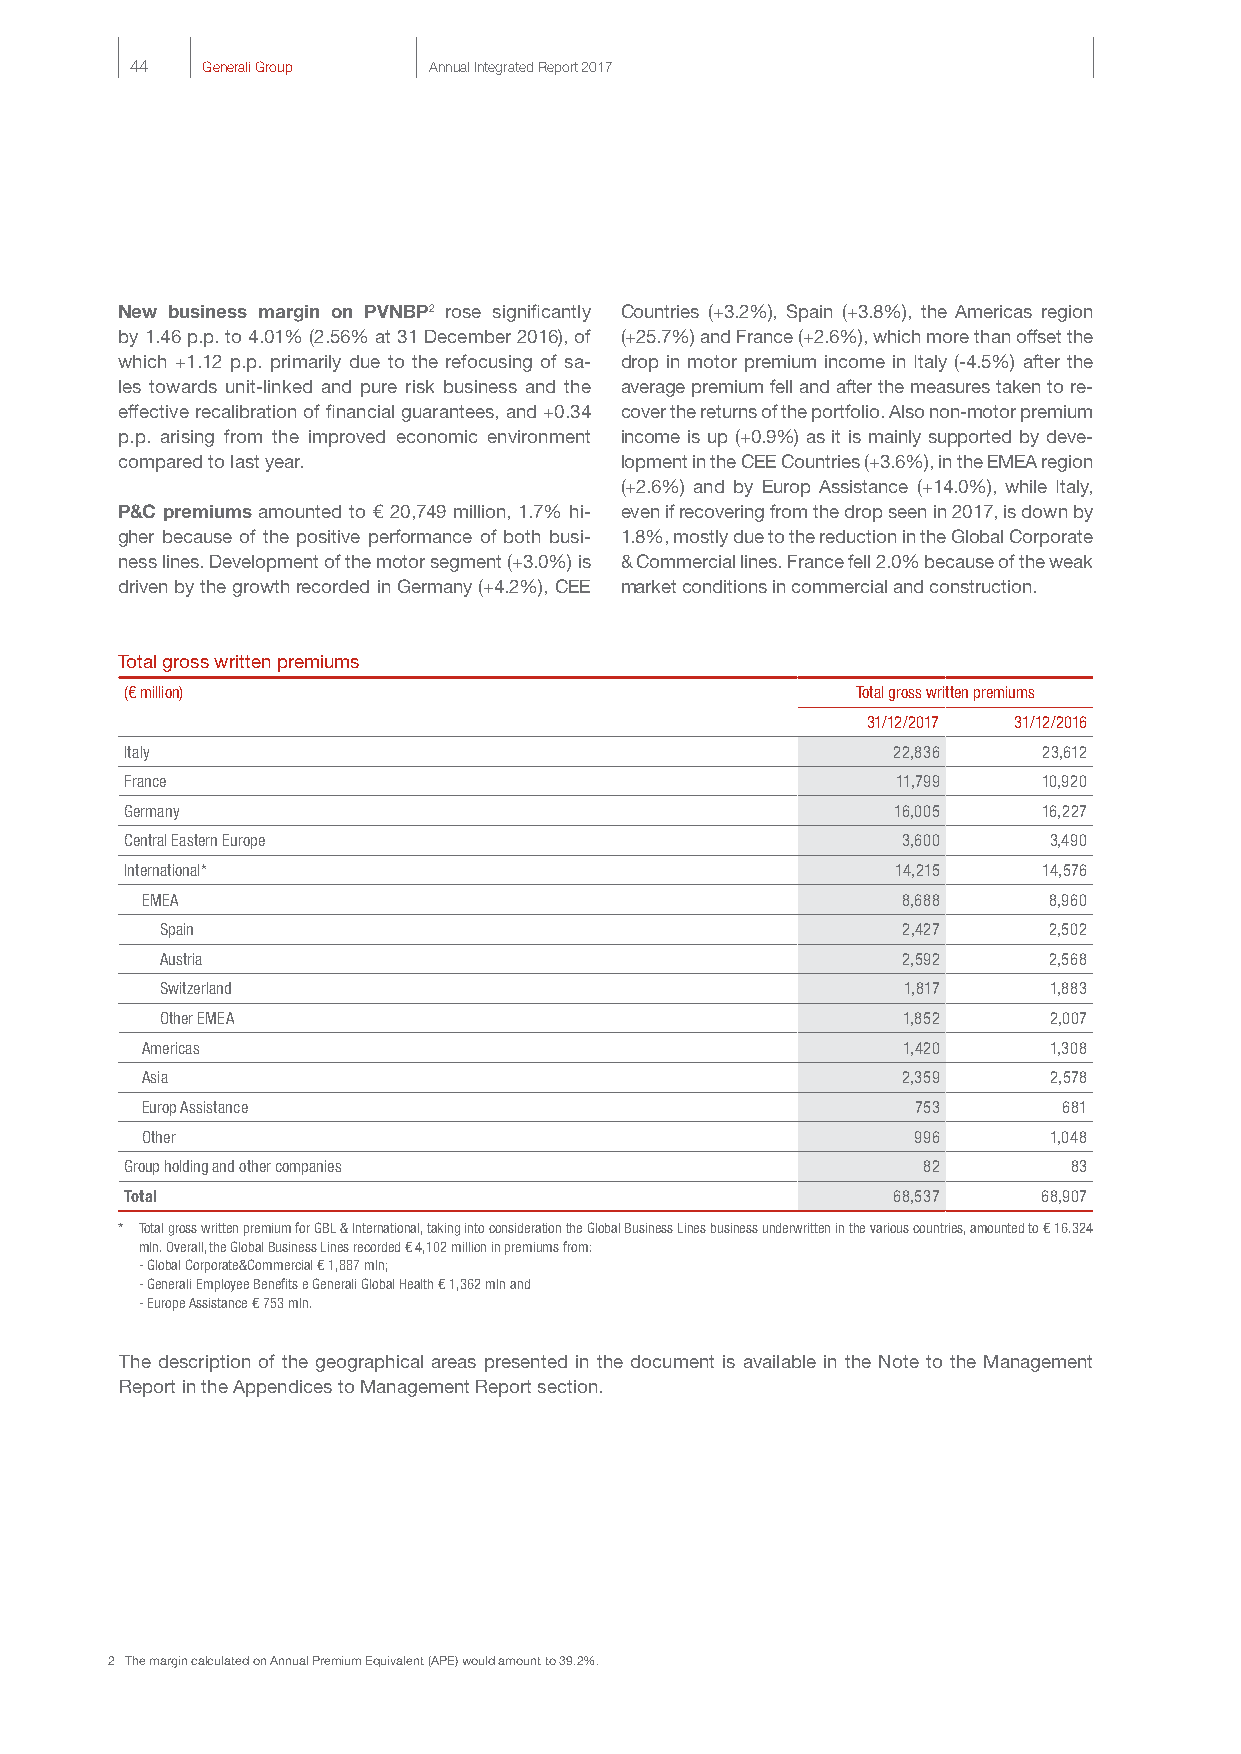
44  Generali Group Annual Integrated Report 2017
 New business margin on PVNBP2 rose significantly Countries (+3.2%), Spain (+3.8%), the Americas region
 by 1.46 p.p. to 4.01% (2.56% at 31 December 2016), of (+25.7%) and France (+2.6%), which more than offset the
 which +1.12 p.p. primarily due to the refocusing of sa- drop in motor premium income in Italy (-4.5%) after the
 les towards unit-linked and pure risk business and the average premium fell and after the measures taken to re-
 effective recalibration of financial guarantees, and +0.34 cover the returns of the portfolio. Also non-motor premium
 p.p. arising from the improved economic environment income is up (+0.9%) as it is mainly supported by deve-
 compared to last year.           lopment in the CEE Countries (+3.6%), in the EMEA region
 (+2.6%) and by Europ Assistance (+14.0%), while Italy,
 P&C premiums amounted to € 20,749 million, 1.7% hi- even if recovering from the drop seen in 2017, is down by
 gher because of the positive performance of both busi- 1.8%, mostly due to the reduction in the Global Corporate
 ness lines. Development of the motor segment (+3.0%) is & Commercial lines. France fell 2.0% because of the weak
 driven by the growth recorded in Germany (+4.2%), CEE market conditions in commercial and construction.
 Total gross written premiums
 (€ million)                                      Total gross written premiums
 31/12/2017 31/12/2016
 Italy                                              22,836    23,612
 France                                             11,799    10,920
 Germany                                            16,005    16,227
 Central Eastern Europe                              3,600    3,490
 International*                                     14,215    14,576
 EMEA                                               8,688    8,960
 Spain                                            2,427    2,502
 Austria                                          2,592    2,568
 Switzerland                                      1,817    1,883
 Other EMEA                                       1,852    2,007
 Americas                                           1,420    1,308
 Asia                                               2,359    2,578
 Europ Assistance                                    753      681
 Other                                              996      1,048
 Group holding and other companies                    82        83
 Total                                              68,537    68,907
 * Total gross written premium for GBL & International, taking into consideration the Global Business Lines business underwritten in the various countries, amounted to € 16.324
 mln. Overall, the Global Business Lines recorded € 4,102 million in premiums from:
 - Global Corporate&Commercial € 1,887 mln;
 - Generali Employee Benefits e Generali Global Health € 1,362 mln and
 - Europe Assistance € 753 mln.
 The description of the geographical areas presented in the document is available in the Note to the Management
 Report in the Appendices to Management Report section.
 2 The margin calculated on Annual Premium Equivalent (APE) would amount to 39.2%.